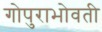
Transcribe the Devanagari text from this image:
गोपुराभोवती